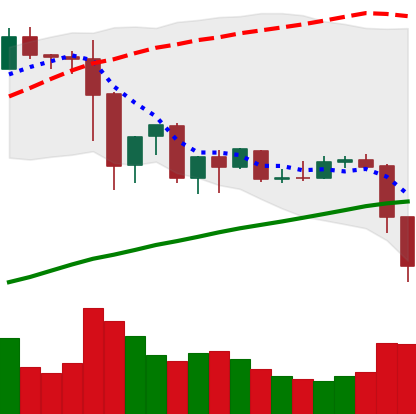
Ticker: EOS-USD
Chart end date: 2019-07-11
Forward return: -21.675%
Label: down_7plus